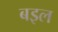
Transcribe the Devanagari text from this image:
बइल